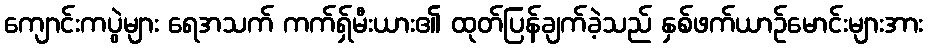
ကျောင်းကပွဲများ ရေအသက် ကက်ရှ်မီးယား၏ ထုတ်ပြန်ချက်ခဲ့သည် နှစ်ဖက်ယာဉ်မောင်းများအား